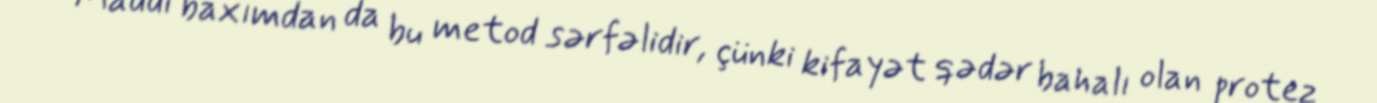
Maddi baxımdan da bu metod sərfəlidir, çünki kifayət qədər bahalı olan protez